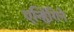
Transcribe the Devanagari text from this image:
एन्हिंगिने